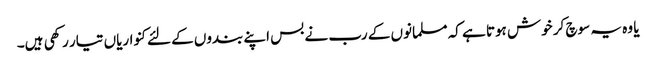
یا وہ یہ سوچ کر خوش ہوتا ہے کہ مسلمانوں کے رب نے بس اپنے بندوں کے لئےکنواریاں تیار رکھی ہیں۔